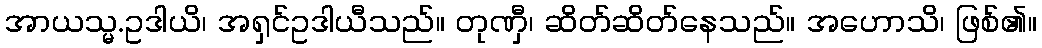
အာယသ္မ.ဥဒါယိ၊ အရှင်ဥဒါယီသည်။ တုဏှီ၊ ဆိတ်ဆိတ်နေသည်။ အဟောသိ၊ ဖြစ်၏။